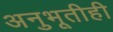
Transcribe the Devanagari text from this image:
अनुभूतीही